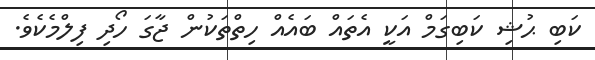
ކަބި ޙުޝި ކަބިގަމް އަކީ އެތައް ބައެއް ހިތްތަކުން ޖާގަ ހޯދި ފިލްމެކެވެ.